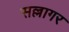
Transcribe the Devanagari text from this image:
सल्लागर